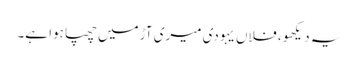
یہ دیکھو ، فلاں یہودی میری آڑ میں چھپا ہوا ہے۔